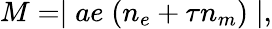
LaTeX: M=\mid ae\; (n_{e}+\tau n_{m})\mid,